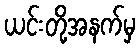
ယင်းတို့အနက်မှ